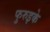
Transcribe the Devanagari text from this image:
फुरुइके